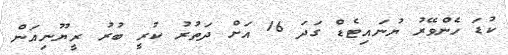
ކުޑަ ހެންވޭރު ޔުނައިޓެޑް ގަދަ 16 އަށް ދަތުރު ކުރީ ބުރު ރީޔޫނިއަން